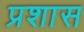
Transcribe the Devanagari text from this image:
प्रशास